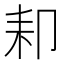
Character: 𦓥